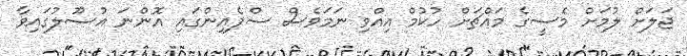
ޖަލަށް ލުމަށް މެސީގެ މައްޗަށް ހުކުމް އިއްވި ނަމަވެސް ސްޕެއިންގައި އޮންނަ އުސޫލުގައިވާ